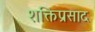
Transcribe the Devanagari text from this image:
शक्तिप्रसाद